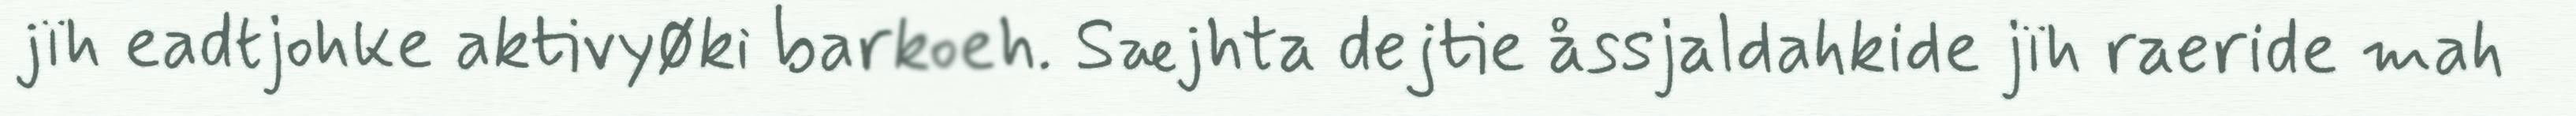
jïh eadtjohke aktivyøki barkoeh. Sæjhta dejtie åssjaldahkide jïh raeride mah